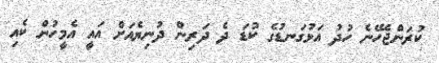
ކުރަންޖެހޭނެ ހުދު އަޅުގަނޑުގެ ކުޑަ ދެ ދަރިން ދުނިޔެއަށް އައީ އެމީހުން ކެއި